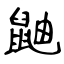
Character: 鼬